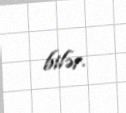
bilər.